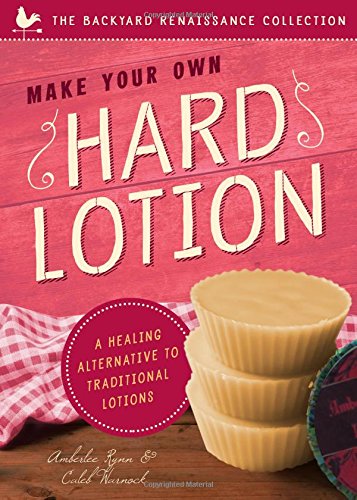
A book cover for Make Your Own Hard Lotion: A Healing Alternative to Traditional Lotions (The Backyard Renaissance Collection); Caleb Warnock; Crafts, Hobbies & Home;